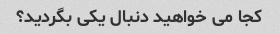
کجا می خواهید دنبال یکی بگردید؟